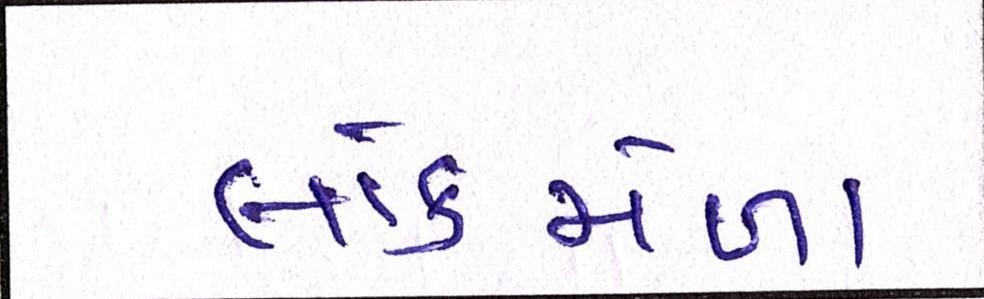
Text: લોકમેળા